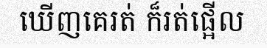
ឃើញគេរត់ ក៏រត់ផ្អើល